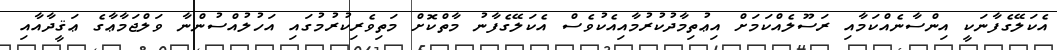
އެކަލޭގެފާނަކީ އިންސާނެއްކަމާއި ރަސޫލެއްކަމަށް އިޢުތިމާދުކުރުމާއިއެކުވެސް އެކަލޭގެފާނު މާތްކޮށް މަތިވެރިކުރުމުގައި އަހުލުއްސުންނާ ވަލްޖަމާޢާގެ ޢަޤީދާއާއި